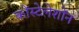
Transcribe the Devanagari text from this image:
कोंस्टेलेशोंन